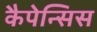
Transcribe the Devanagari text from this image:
कैपेन्सिस